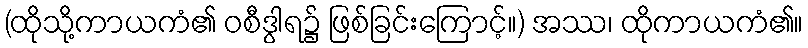
(ထိုသို့ကာယကံ၏ ဝစီဒွါရ၌ ဖြစ်ခြင်းကြောင့်။) အဿ၊ ထိုကာယကံ၏။